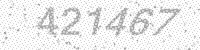
Solution: 421467